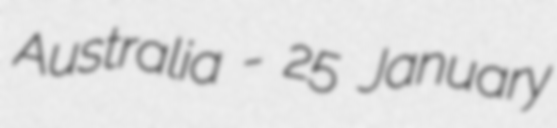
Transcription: Australia - 25 January